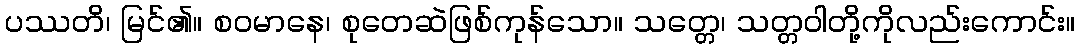
ပဿတိ၊ မြင်၏။ စဝမာနေ၊ စုတေဆဲဖြစ်ကုန်သော။ သတ္တေ၊ သတ္တဝါတို့ကိုလည်းကောင်း။